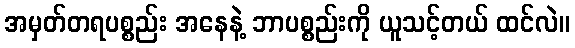
အမှတ်တရပစ္စည်း အနေနဲ့ ဘာပစ္စည်းကို ယူသင့်တယ် ထင်လဲ။